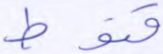
قنوط